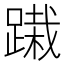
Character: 𨃭